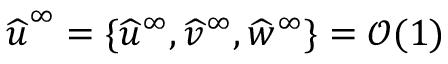
\widehat { \boldsymbol { u } } ^ { \infty } = \lbrace \widehat { u } ^ { \infty } , \widehat { v } ^ { \infty } , \widehat { w } ^ { \infty } \rbrace = \mathcal { O } ( 1 )